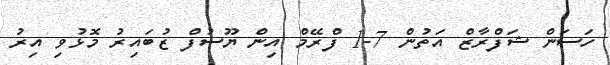
ހަސަން ޝަފްރާޒް އަތުން 7-1 ފްރޭމް އިން ޔޫސުފް ޒުބައިރު މޮޅުވި އިރު